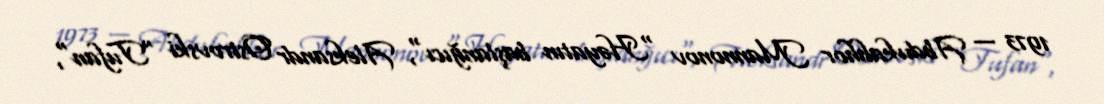
1973 — Abdukahhor Mannonov "Həyatın başlanğıcı", Aleksandr Ostrovski "Tufan",